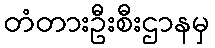
တံတားဦးစီးဌာနမှ